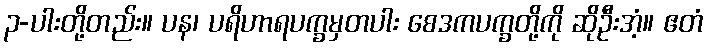
၃-ပါးတို့တည်း။ ပန၊ ပရိဟာရပက္ခမှတပါး စေဒကပက္ခတို့ကို ဆိုဦးအံ့။ ဧတံ